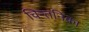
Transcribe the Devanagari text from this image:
चिन्तनिका